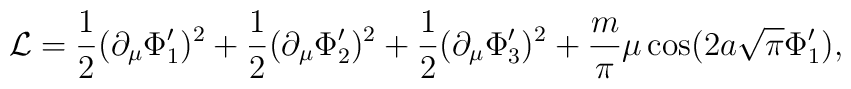
{\cal L} = \frac{1}{2}(\partial_\mu\Phi_1^\prime)^2 + \frac{1}{2}(\partial_\mu\Phi_2^\prime)^2 + \frac{1}{2}(\partial_\mu\Phi_3^\prime)^2 + \frac{m}{\pi}\mu \cos(2 a \sqrt{\pi} \Phi_1^\prime),